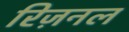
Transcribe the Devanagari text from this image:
रिज़नल